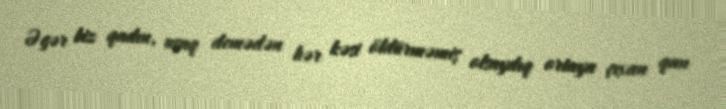
Əgər biz qadın, uşaq demədən hər kəsi öldürməmiş olsaydıq ortaya çıxan qan